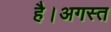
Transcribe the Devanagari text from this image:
है।अगस्त